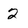
Character: 2